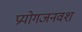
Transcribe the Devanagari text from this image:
प्रयोगजनवश